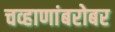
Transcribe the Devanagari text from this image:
चव्हाणांबरोबर